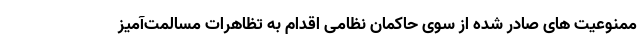
ممنوعیت های صادر شده از سوی حاکمان نظامی اقدام به تظاهرات مسالمت‌آمیز